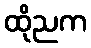
ထိုညက